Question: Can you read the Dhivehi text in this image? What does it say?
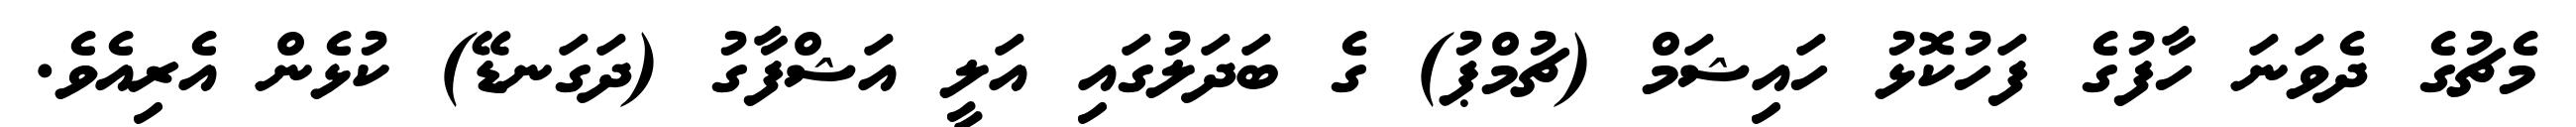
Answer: މެޗުގެ ދެވަނަ ހާފުގެ ފަހުކޮޅު ހައިޝަމް (ޗުމްޕު) ގެ ބަދަލުގައި އަލީ އަޝްފާގު (ދަގަނޑޭ) ކުޅެން އެރިއެވެ.